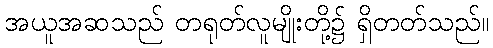
အယူအဆသည် တရုတ်လူမျိုးတို့၌ ရှိတတ်သည်။